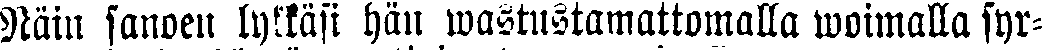
Näin sanoen lykkäsi hän wastustamattomalla woimalla syr-